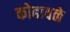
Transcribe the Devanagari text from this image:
कोढावळे